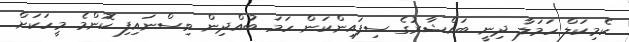
ކެމިކަލް ހަމަލާ ދިނީ ބައްޝާރުގެ ސިފައިންކަން ހަމަ ބުއްދިން ވިސްނައިފި ކޮންމެ މީހަކަށް